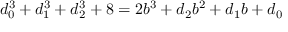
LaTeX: d _ { 0 } ^ { 3 } + d _ { 1 } ^ { 3 } + d _ { 2 } ^ { 3 } + 8 = 2 b ^ { 3 } + d _ { 2 } b ^ { 2 } + d _ { 1 } b + d _ { 0 }